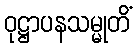
ဝုဋ္ဌာပနသမ္မုတိံ